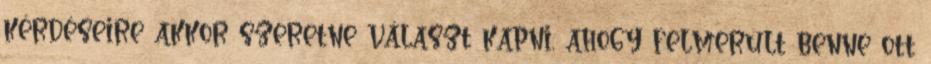
kérdéseire akkor szeretne választ kapni, ahogy felmerült benne ott